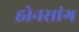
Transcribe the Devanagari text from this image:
ह्येनसांग